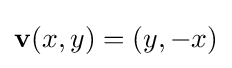
\mathbf {v} (x,y)=(y,-x)